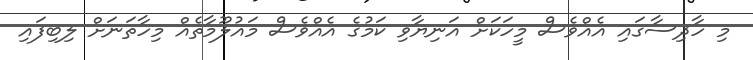
މި ހާދިސާގައި އެއްވެސް މީހަކަށް އަނިޔާވި ކަމުގެ އެއްވެސް މައުލޫމާތެއް މިހާތަނަށް ލިބިފައި